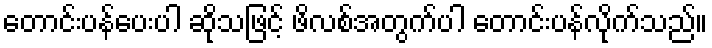
တောင်းပန်ပေးပါ ဆိုသဖြင့် ဖိလစ်အတွက်ပါ တောင်းပန်လိုက်သည်။